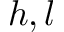
h , l